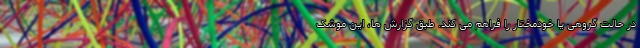
در حالت گروهی یا خودمختار را فراهم می کند. طبق گزارش ها، این موشک